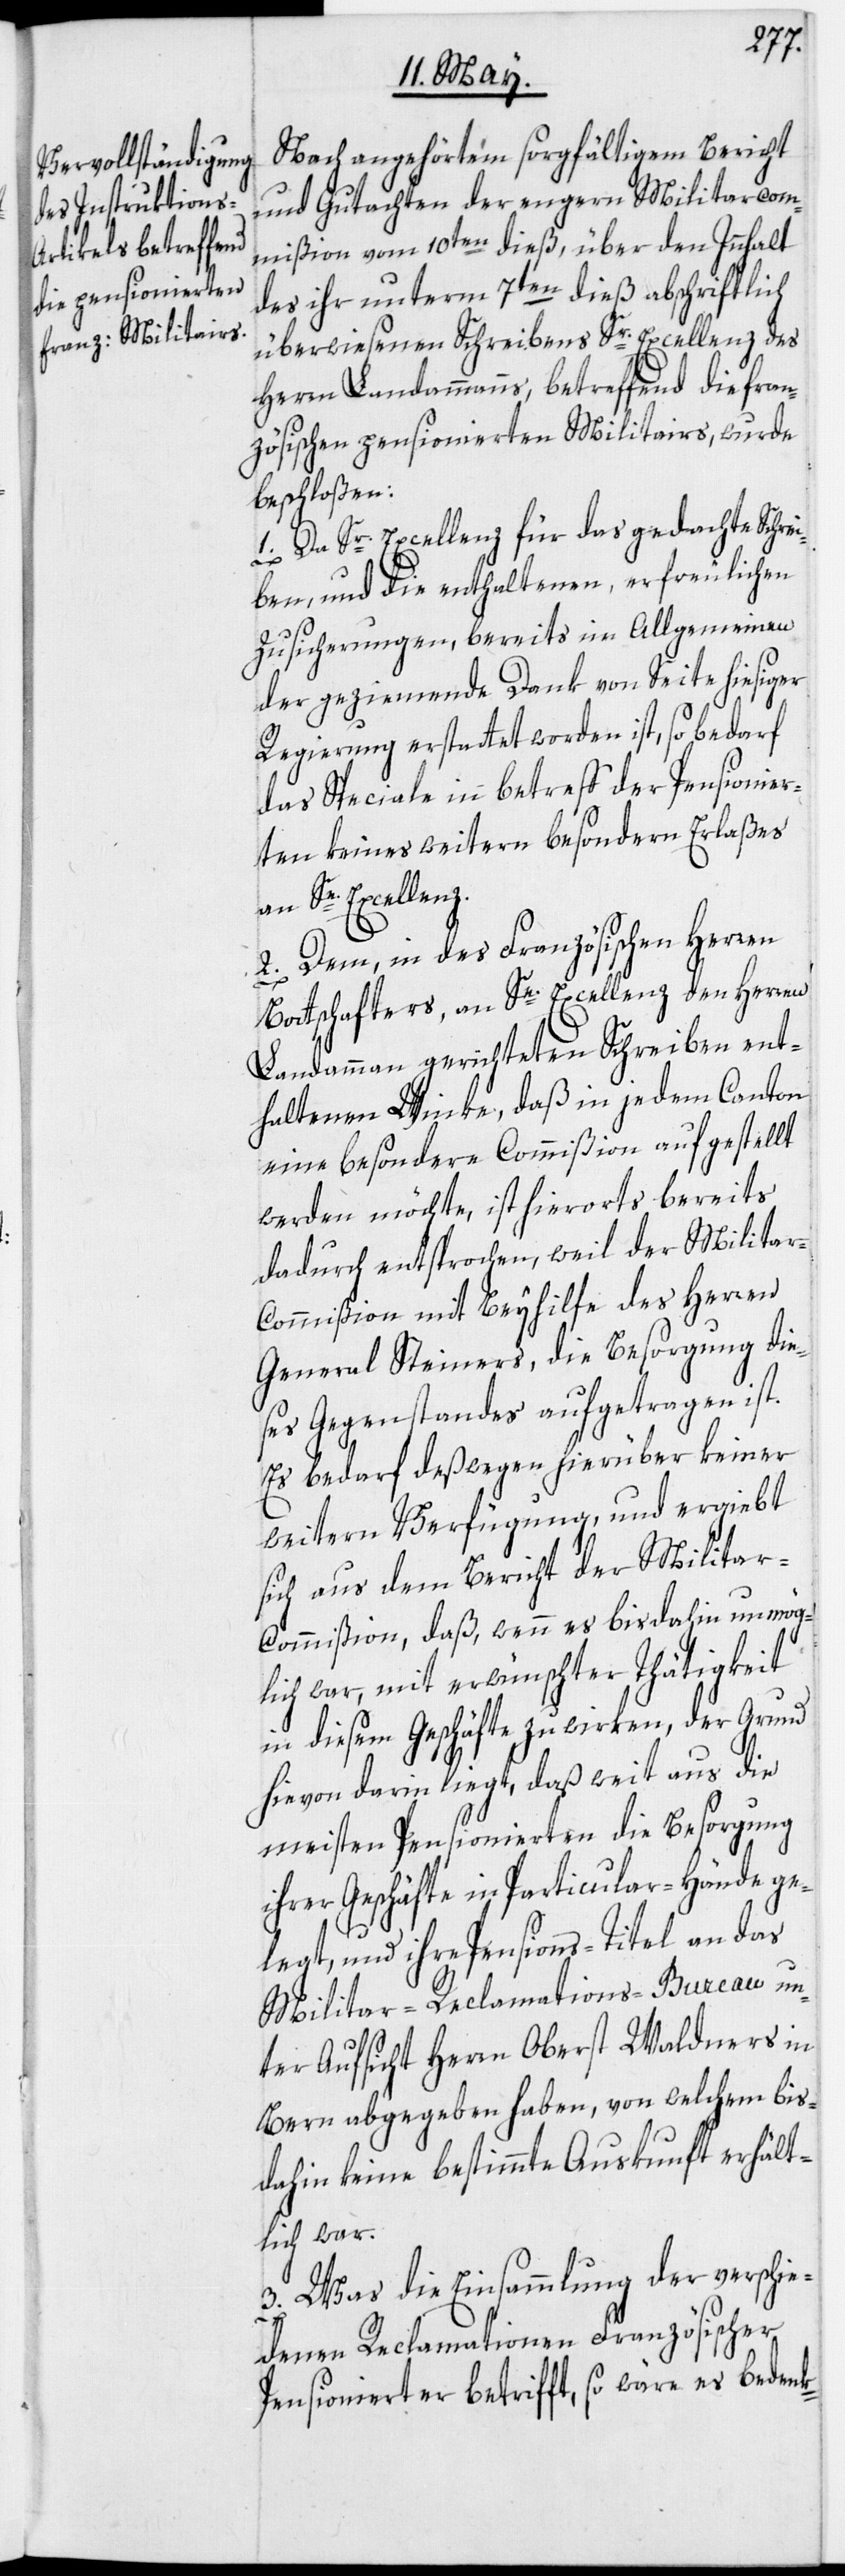
Nach angehörtem sorgfältigem Bericht
und Gutachten der engern Militarcom¬
mißion vom 10ten dieß, über den Innhalt
des ihr unterm 7ten dieß abschriftlich
überwiesenen Schreibens Sr. Excellenz des
Herrn Landammanns, betreffend die fran¬
zösischen pensionierten Militairs, wurde
beschloßen:
1. Da Sr. Excellenz für das gedachte Schrei¬
ben, und die erhaltenen, erfreulichen
Zusicherungen, bereits im Allgemeinen
der geziemende Dank von Seite hiesiger
Regierung erstattet worden ist, so bedarf
das Speciale in betreff der Pensionier¬
ten keines weiteren besondern Erlaßes
an Se. Excellenz.
2. Dem, in des Französischen Herren
Bottschafters, an Se. Excellenz den Herren
Landammann gerichteten Schreiben ent¬
haltenen Winke, daß in jedem Canton
eine besondere Commißion aufgestellt
werden möchte, ist hierorts bereits
dadurch entsprochen, weil der Militar-C¬
ommißion mit Beyhilfe des Herren
General Steiners, die Besorgung die¬
ses Gegenstandes aufgetragen ist.
Es bedarf deßwegen hierüber keiner
weitern Verfügung, und ergiebt
sich aus dem Bericht der Milita¬
r-Commißion, daß, wenn es bisdahin unmög¬
lich war, mit erwünschter Thätigkeit
in diesem Geschäfte zu wirken, der Grund
hievon darin liegt, daß weit aus die
meisten Pensionierten die Besorgung
ihrer Geschäfte in Particular-Hände ge¬
legt, und ihre Pensions-Titel an das
Militar-Reclamations-Bureau un¬
ter Aufsicht Herrn Oberst Waldners in
Bern abgegeben haben, von welchem bis¬
dahin keine bestimmte Auskunft erhält¬
lich war.
3. Was die Einsammlung der verschie¬
denen Reclamationen Französischer
Pensionierter betrifft, so wäre es bedenk-